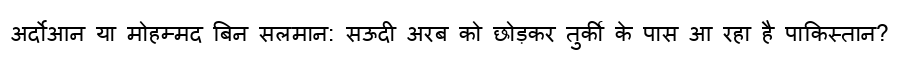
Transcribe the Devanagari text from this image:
अर्दोआन या मोहम्मद बिन सलमान: सऊदी अरब को छोड़कर तुर्की के पास आ रहा है पाकिस्तान?